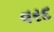
વરદ